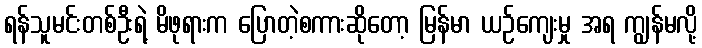
ရန်သူမင်းတစ်ဦးရဲ့ မိဖုရားက ပြောတဲ့စကားဆိုတော့ မြန်မာ ယဉ်ကျေးမှု အရ ကျွန်မလို့